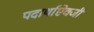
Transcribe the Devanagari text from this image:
पदार्थाऐवजी